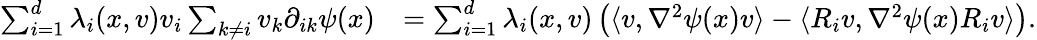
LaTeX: \begin{array}{rl}{\sum_{i=1}^{d}\lambda_{i}(x,v)v_{i}\sum_{k\neq i}v_{k}\partial_{ik}\psi(x)}&{=\sum_{i=1}^{d}\lambda_{i}(x,v)\left(\langle v,\nabla^{2}\psi(x)v\rangle-\langle R_{i}v,\nabla^{2}\psi(x)R_{i}v\rangle\right).}\end{array}